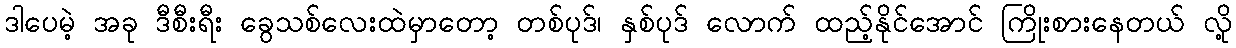
ဒါပေမဲ့ အခု ဒီစီးရီး ခွေသစ်လေးထဲမှာတော့ တစ်ပုဒ်၊ နှစ်ပုဒ် လောက် ထည့်နိုင်အောင် ကြိုးစားနေတယ် လို့